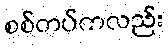
စစ်တပ်ကလည်း